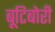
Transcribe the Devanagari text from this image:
बूटिबोरी